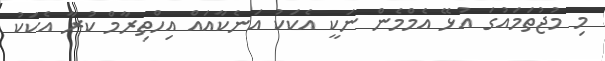
މި މުޖުތަމައުގަ އުޅޭ އެމްމެން ނަކީ އެކަކު އަނެކާއައް އިހްތިރާމް ކުރާ އެކަކު